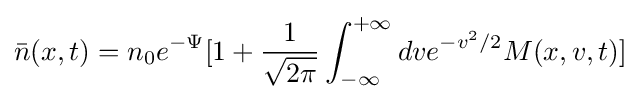
{\bar {n}}(x,t)=n_{0}e^{-\Psi }[1+{\frac {1}{\sqrt {2\pi }}}\int _{-\infty }^{+\infty }dve^{-v^{2}/2}M(x,v,t)]